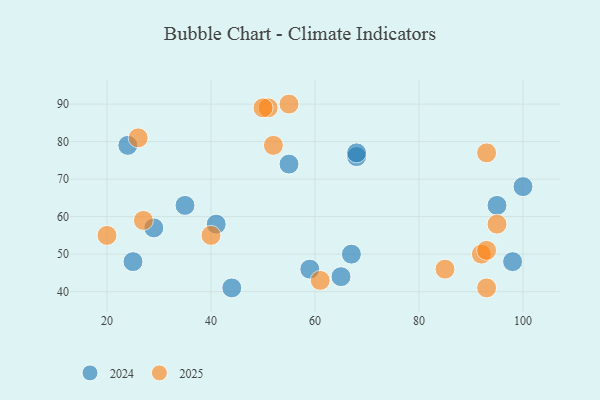
{"axis": {"x": "GDP", "y": "Life Expectancy"}, "legend": ["2024", "2025"], "data": [{"x": "67", "y": 50, "type": "2024"}, {"x": "98", "y": 48, "type": "2024"}, {"x": "25", "y": 48, "type": "2024"}, {"x": "24", "y": 79, "type": "2024"}, {"x": "29", "y": 57, "type": "2024"}, {"x": "68", "y": 76, "type": "2024"}, {"x": "95", "y": 63, "type": "2024"}, {"x": "59", "y": 46, "type": "2024"}, {"x": "41", "y": 58, "type": "2024"}, {"x": "100", "y": 68, "type": "2024"}, {"x": "65", "y": 44, "type": "2024"}, {"x": "68", "y": 77, "type": "2024"}, {"x": "35", "y": 63, "type": "2024"}, {"x": "55", "y": 74, "type": "2024"}, {"x": "44", "y": 41, "type": "2024"}, {"x": "52", "y": 79, "type": "2025"}, {"x": "26", "y": 81, "type": "2025"}, {"x": "51", "y": 89, "type": "2025"}, {"x": "85", "y": 46, "type": "2025"}, {"x": "92", "y": 50, "type": "2025"}, {"x": "27", "y": 59, "type": "2025"}, {"x": "93", "y": 41, "type": "2025"}, {"x": "61", "y": 43, "type": "2025"}, {"x": "93", "y": 51, "type": "2025"}, {"x": "50", "y": 89, "type": "2025"}, {"x": "20", "y": 55, "type": "2025"}, {"x": "95", "y": 58, "type": "2025"}, {"x": "93", "y": 77, "type": "2025"}, {"x": "55", "y": 90, "type": "2025"}, {"x": "40", "y": 55, "type": "2025"}]}